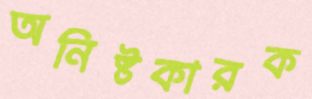
অনিষ্টকারক